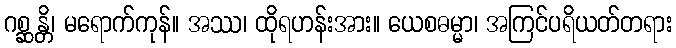
ဂစ္ဆန္တိ၊ မရောက်ကုန်။ အဿ၊ ထိုရဟန်းအား။ ယေစဓမ္မာ၊ အကြင်ပရိယတ်တရား